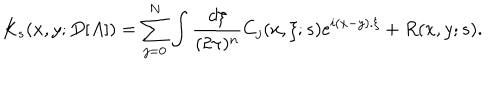
LaTeX: K _ { s } ( x , y ; D [ A ] ) = \sum _ { j = 0 } ^ { N } \int \frac { d \xi } { ( 2 \pi ) ^ { n } } C _ { j } ( x , \xi ; s ) e ^ { i ( x - y ) . \xi } + R ( x , y ; s ) .